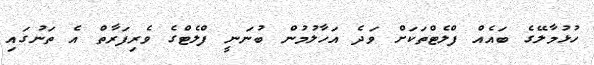
ހުޅުމާލޭގެ ބައެއް ފްލެޓްތަކަށް ވަދެ އަހާލުމުން ބުނަނީ ފްލެޓްގެ ވެރިފަރާތް އެ ތަނުގައި